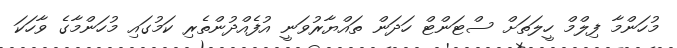
މުހަންމާ ފިލްމް ހީލަތަށް ސްޓަންޓް ހަދަން ތައްޔާރުވަނީ އުފެއްދުންތެރި ކަމުގައި މުހަންމާގެ ވާހަކަ